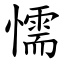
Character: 懦